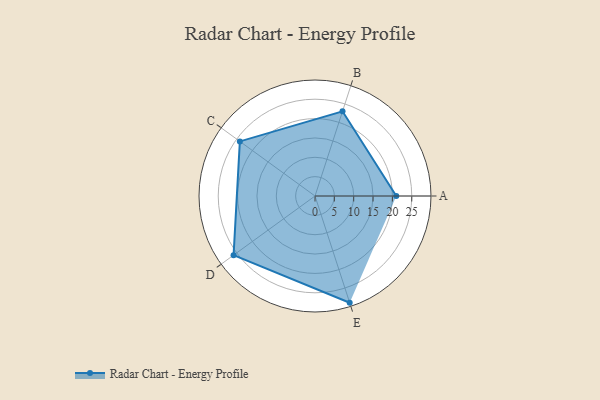
{"axis": {"x": "Skill", "y": "Score"}, "legend": ["Profile"], "data": [{"x": "A", "y": 21.0, "type": "Profile"}, {"x": "B", "y": 23.0, "type": "Profile"}, {"x": "C", "y": 24.0, "type": "Profile"}, {"x": "D", "y": 26.0, "type": "Profile"}, {"x": "E", "y": 29.0, "type": "Profile"}]}